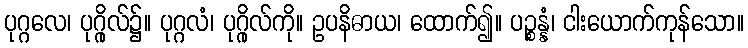
ပုဂ္ဂလေ၊ ပုဂ္ဂိုလ်၌။ ပုဂ္ဂလံ၊ ပုဂ္ဂိုလ်ကို။ ဥပနိဓာယ၊ ထောက်၍။ ပဉ္စန္နံ၊ ငါးယောက်ကုန်သော။